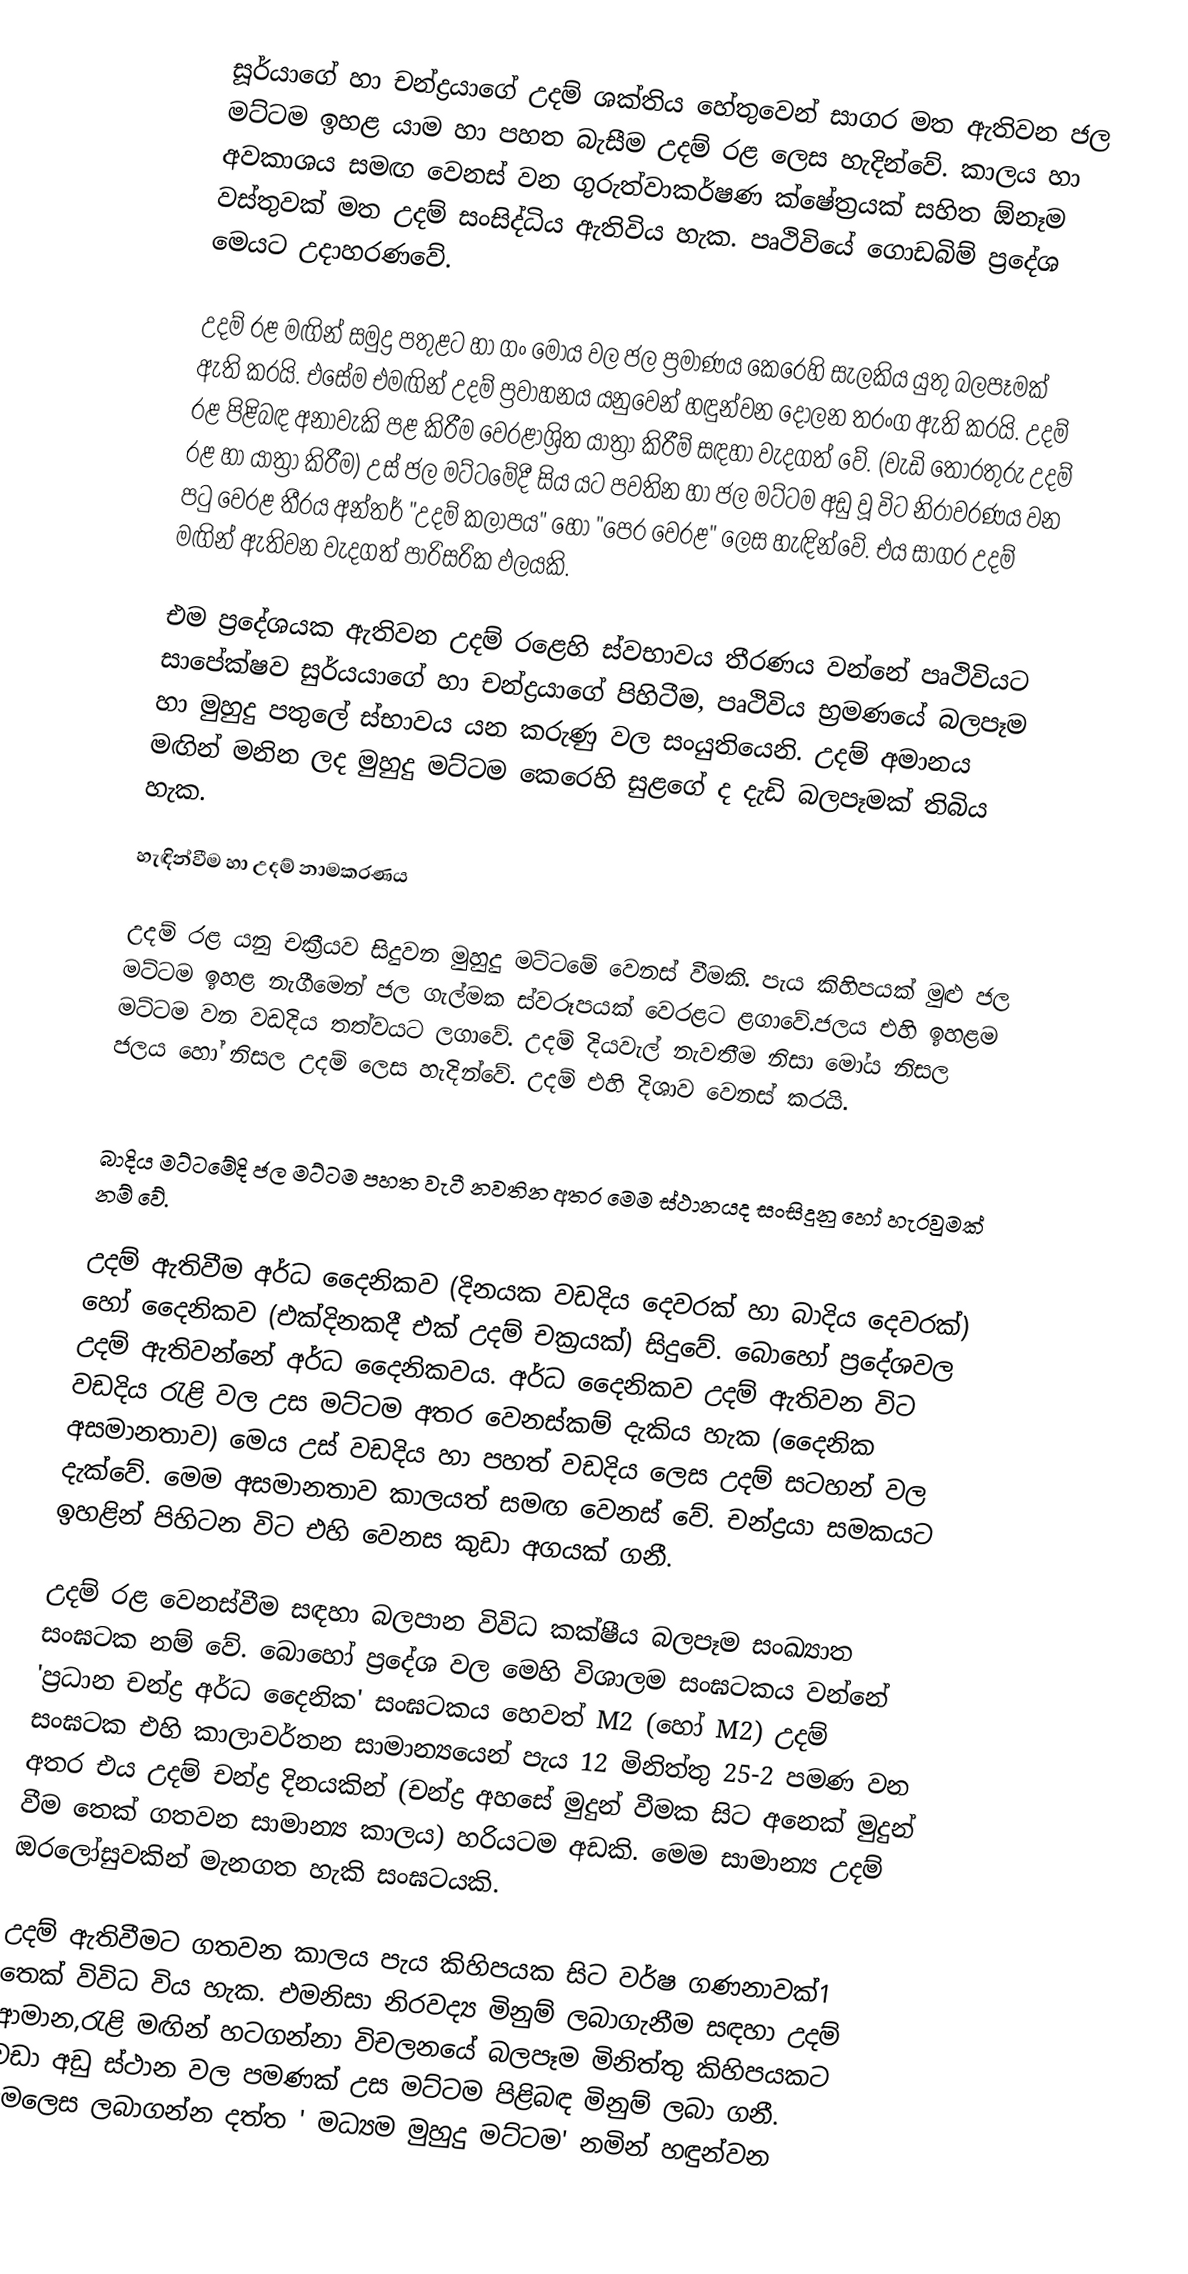
සූර්යාගේ හා චන්ද්‍රයාගේ උදම් ශක්තිය හේතුවෙන් සාගර මත ඇතිවන ජල මට්ටම ඉහළ යාම හා පහත බැසීම උදම් රළ ලෙස හැදින්වේ. කාලය හා අවකාශය සමඟ වෙනස් වන ගුරුත්වාකර්ෂණ ක්ෂේත්‍රයක්  සහිත ඕනෑම වස්තුවක් මත උදම් සංසිද්ධිය ඇතිවිය හැක. පෘථිවියේ ගොඩබිම් ප්‍රදේශ මෙයට උදාහරණවේ.

උදම් රළ මඟින් සමුද්‍ර පතුළට හා ගං මෝය වල ජල ප්‍රමාණය කෙරෙහි සැලකිය යුතු බලපෑමක් ඇති කරයි. එසේම එමඟින් උදම් ප්‍රවාහනය යනුවෙන් හඳුන්වන දෝලන තරංග ඇති කරයි. උදම් රළ පිළිබඳ අනාවැකි පළ කිරීම වෙරළාශ්‍රිත යාත්‍රා කිරීම් සඳහා වැදගත් වේ. (වැඩි තොරතුරු උදම් රළ හා යාත්‍රා කිරීම) උස් ජල මට්ටමේදී සිය යට පවතින හා ජල මට්ටම අඩු වූ විට නිරාවරණය වන පටු වෙරළ තීරය අන්තර් "උදම් කලාපය" හෝ "පෙර වෙරළ" ලෙස හැඳින්වේ. එය සාගර උදම් මඟින් ඇතිවන වැදගත් පාරිසරික ඵලයකි.

එම ප්‍රදේශයක ඇතිවන උදම් රළෙහි ස්වභාවය තීරණය වන්නේ පෘථිවියට සාපේක්ෂව සුර්යයාගේ හා චන්ද්‍රයාගේ පිහිටීම, පෘථිවිය භ්‍රමණයේ බලපෑම හා මුහුදු පතුලේ ස්භාවය යන කරුණු වල සංයුතියෙනි. උදම් අමානය මඟින් මනින ලද මුහුදු මට්ටම කෙරෙහි සුළගේ ද දැඩි බලපෑමක් තිබිය හැක.

හැඳින්වීම හා උදම් නාමකරණය

	උදම් රළ යනු චක්‍රීයව සිදුවන මුහුදු මට්ටමේ වෙනස් වීමකි. පැය කිහිපයක් මුළු ජල මට්ටම ඉහළ නැගීමෙන් ජල ගැල්මක ස්වරූපයක් වෙරළට ළගාවේ.ජලය එහි ඉහළම මට්ටම වන වඩදිය තත්වයට ලගාවේ. උදම් දියවැල් නැවතීම නිසා මෝය නිසල ජලය හෝ නිසල උදම් ලෙස හැදින්වේ. උදම් එහි දිශාව වෙනස් කරයි.

‍
	බාදිය මට්ටමේදි ජල මට්ටම පහත වැටී නවතින අතර මෙම ස්ථානයද සංසිදුනු හෝ හැරවුමක් නම් වේ.

	උදම් ඇතිවීම අර්ධ දෛනිකව (දිනයක වඩදිය දෙවරක් හා බාදිය දෙවරක්) හෝ දෛනිකව (එක්දිනකදී එක් උදම් චක්‍රයක්) සිදුවේ. බොහෝ ප්‍රදේශවල උදම් ඇතිවන්නේ අර්ධ දෛනිකවය. අර්ධ දෛනිකව උදම් ඇතිවන විට වඩදිය රැළි වල උස මට්ටම අතර වෙනස්කම් දැකිය හැක (දෛනික අසමානතාව) මෙය උස් වඩදිය හා පහත් වඩදිය ලෙස උදම් සටහන් වල දැක්වේ. මෙම අසමානතාව කාලයත් සමඟ වෙනස් වේ. චන්ද්‍රයා සමකයට ඉහළින් පිහිටන විට එහි වෙනස කුඩා අගයක් ගනී.

	උදම් රළ වෙනස්වීම සඳහා බලපාන විවිධ කක්ෂීය බලපෑම සංඛ්‍යාත සංඝටක නම් වේ. බොහෝ ප්‍රදේශ වල මෙහි විශාලම  සංඝටකය වන්නේ 'ප්‍රධාන චන්ද්‍ර අර්ධ දෛනික' සංඝටකය හෙවත් M2 ‍(හෝ M2) උදම් සංඝටක  එහි කාලාවර්තන සාමාන්‍යයෙන් පැය 12 මිනිත්තු 25-2 පමණ වන අතර එය උදම් චන්ද්‍ර දිනයකින් (චන්ද්‍ර අහසේ මුදුන් වීමක සිට අනෙක් මුදුන් වීම තෙක් ගතවන සාමාන්‍ය කාලය) හරියටම අඩකි. මෙම සාමාන්‍ය උදම් ඔරලෝසුවකින් මැනගත හැකි සංඝටයකි.

උදම් ඇතිවීමට ගතවන කාලය පැය කිහිපයක සිට වර්ෂ ගණනාවක්1 තෙක් ‍විවිධ විය හැක. එමනිසා නිරවද්‍ය මිනුම් ලබාගැනීම සඳහා උදම් ආමාන,රැළි මඟින් හටගන්නා විචලනයේ බලපෑම මිනිත්තු කිහිපයකට වඩා අඩු ස්ථාන වල පමණක් උස මට්ටම පිළිබඳ මිනුම් ලබා ගනී. මෙලෙස ලබාගන්න දත්ත ' මධ්‍යම මුහුදු මට්ටම' නමින් හඳුන්වන